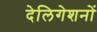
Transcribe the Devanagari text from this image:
देलिगेशनों